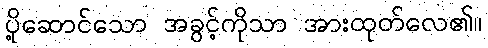
ပို့ဆောင်သော အခွင့်ကိုသာ အားထုတ်လေ၏။